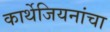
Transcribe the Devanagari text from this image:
कार्थेजियनांचा